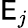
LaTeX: \mathsf{E}_{j}